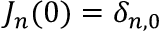
J _ { n } ( 0 ) = \delta _ { n , 0 }